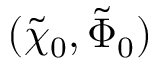
( \tilde { \chi } _ { 0 } , \tilde { \Phi } _ { 0 } )